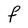
Character: F